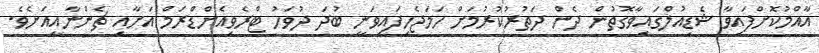
އާއްމުކޮށްފައިވާ ޝެޑިއުލްގައިވާގޮތުން ދެން ދަތުރުކުރުމަށް ހަމަޖެހިފައިވަނީ ބުދަ ދުވަހު ޓްރެވިއެންޑްރަމް އަށާއި ޗެންނާއީއަށެވެ.